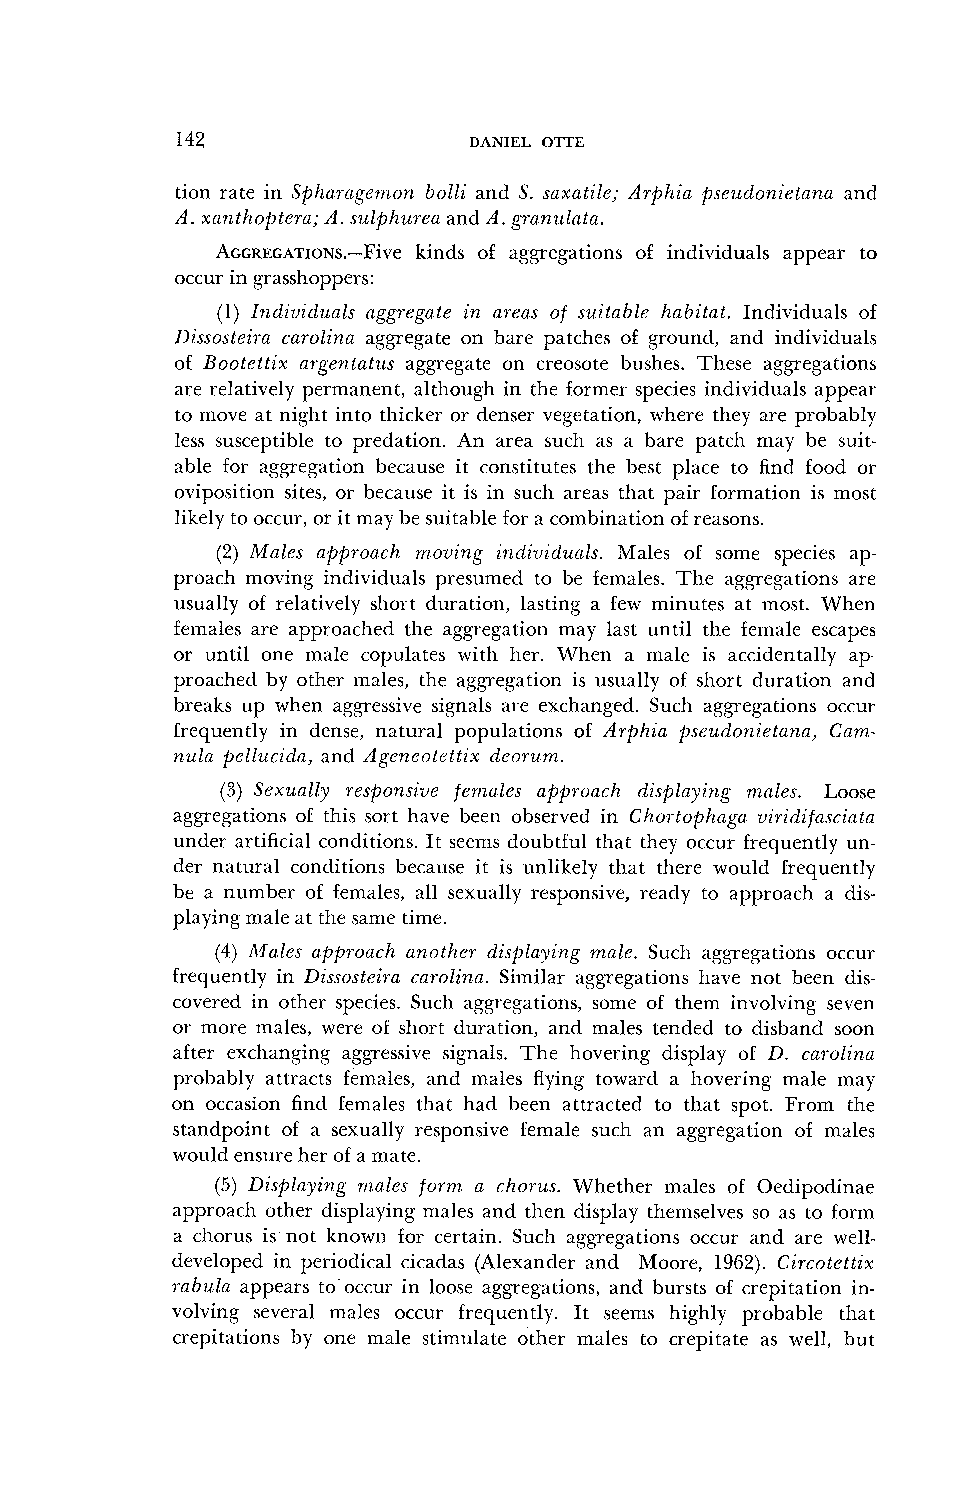
142                DANIEL OTTE
 tion rate in Spharagemon bolli and S. saxatile; Arphia psc~ldonietanaa nd
 A. xanthoptera; A. sulphurea and A. granulata.
 AGGREGATIONS.-Fikvein ds of aggregations of individuals appear to
 occur in grasshoppers:
 (1) Individzlals aggregate in areas of suitable habitat. Individuals of
 Disso.rteira carolina aggregate on bare patches of ground, and individuals
 of Bootettix argentatus aggregate on creosote bushes. These aggregations
 are relatively permanent, altllough in the former species individuals appear
 to move at night into thicker or denser vegetation, where they are probably
 less susceptible to predation. An area such as a bare patch may be suit-
 able for aggregation because it constitutes the best place to find food or
 oviposition sites, or because it is in such areas that pair formation is most
 likely to occur, or it may be suitable for a combination of reasons.
 (2) Males approach mo-oing indi-oiduals. Males of some species ap-
 proach moving individuals presumed to be females. The agLgregations are
 usually of relatively short duration, lasting a few minutes at most. When
 females are approaclletl the aggregation may last until the female escapes
 or until one male copulates with her. When a male is accidentally ap.
 proached by other males, the aggregation is usually of short duration and
 breaks up when agLgressives ignals are exchanged. Such aggregations occur
 frequently in dense, natural populations of A,rphia pse~ldo~zietanaC, am,-
 nz~lap ellucida, and Ageneotettix deal-urn.
 (3) Sexually responszue fe~trales approach dzsplayzllg nzales. Loose
 aggregations of this sort hnve been observed in Chol tophnga u7rzdzfascrata
 under artificial conditions It seems doubtlul that they occur frequently un-
 der natural conditions because it is unlikely that there would frequently
 be a number of females, all sexually responsive, ready to approach a dis-
 playing male at the same time.
 (4) Males approach al7,other displaying male. Such aggregations occur
 frequently in Dissosteira carolina. Similar aggregations have not been dis-
 covered in other species. Such aggregation~,s ome of them involving seven
 or more males, were of short duration, and males tended to disband soon
 after exchanging aggressive signals. The hovering display of 1). carolina
 probably attracts females, and males flying toward a hovering male may
 on occasion find females that had been attracted to that spot. From the
 standpoint of ;I sexually responsive female such an aggregation of males
 would ensure her of a mate.
 (5) Displaying rn,ales form a C~OTZIS.W hether males of Oedipodinae
 approach other displaying males and then display themselves so as to form
 a chorus is not known for certain. Such aggregations occur and are well-
 developed in periodical cicadas (Alexander and Moore, 1962). Circotettix
 rabula appears to'occur in loose ag<gregations,a nd bursts of crepitation in-
 volving several males occur frequently. It seems highly probable that
 crepitations by one male stimulate other males to crepitate as well, but